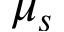
\mu _ { s }